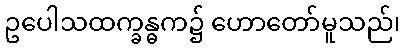
ဥပေါသထက္ခန္ဓက၌ ဟောတော်မူသည်၊